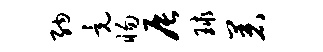
纳竟惕辰球着